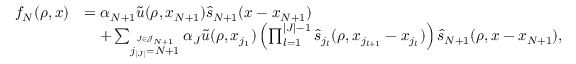
\begin{array} { r l } { f _ { N } ( \rho , x ) } & { = \alpha _ { N + 1 } \widetilde { u } ( \rho , x _ { N + 1 } ) \widehat { s } _ { N + 1 } ( x - x _ { N + 1 } ) } \\ & { \quad + \sum _ { \overset { J \in \mathcal { J } _ { N + 1 } } { j _ { | J | } = N + 1 } } \alpha _ { J } \widetilde { u } ( \rho , x _ { j _ { 1 } } ) \left( \prod _ { l = 1 } ^ { | J | - 1 } \widehat { s } _ { j _ { l } } ( \rho , x _ { j _ { l + 1 } } - x _ { j _ { l } } ) \right) \widehat { s } _ { N + 1 } ( \rho , x - x _ { N + 1 } ) , } \end{array}